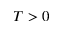
T > 0